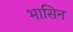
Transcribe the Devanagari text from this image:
भासिन